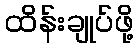
ထိန်းချုပ်ဖို့